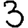
Digit: 3